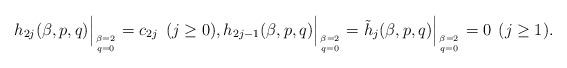
LaTeX: \begin{align*} h_{2j}(\beta, p , q) \Big |_{\beta = 2 \atop q=0} = c_{2j} \:\: (j \ge 0), h_{2j-1}(\beta, p , q) \Big |_{\beta = 2 \atop q=0} = \tilde{h}_{j}(\beta, p , q) \Big |_{\beta = 2 \atop q=0} = 0 \:\: (j \ge 1) . \end{align*}